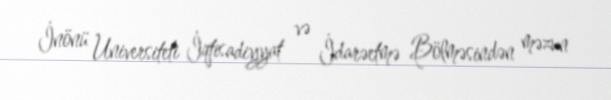
İnönü Universiteti İqtisadiyyat və İdarəetmə Bölməsindən məzun